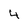
Character: 4